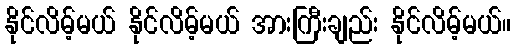
နိုင်လိမ့်မယ် နိုင်လိမ့်မယ် အားကြီးချည်း နိုင်လိမ့်မယ်။